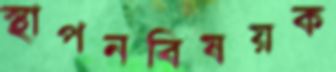
স্থাপনবিষয়ক